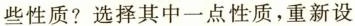
些性质?选择其中一点性质，重新设